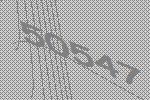
50547